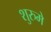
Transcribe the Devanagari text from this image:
शुरुमे